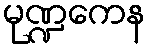
မုဏ္ဍကေန